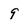
Character: 9